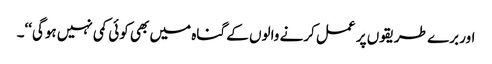
اور برے طریقوں پر عمل کرنے والوں کے گناہ میں بھی کوئی کمی نہیں ہوگی‘‘۔